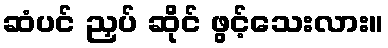
ဆံပင် ညှပ် ဆိုင် ဖွင့်သေးလား။